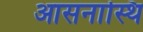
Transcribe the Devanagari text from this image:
आसनास्थि